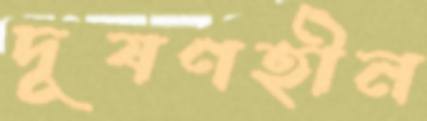
দূষণহীন